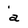
Character: a